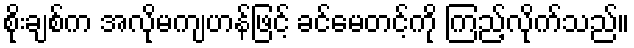
စိုးချစ်က အလိုမကျဟန်ဖြင့် ခင်မေတင့်ကို ကြည့်လိုက်သည်။